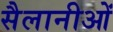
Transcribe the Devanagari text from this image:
सैलानीओं